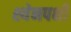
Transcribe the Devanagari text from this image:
श्येनपक्षी